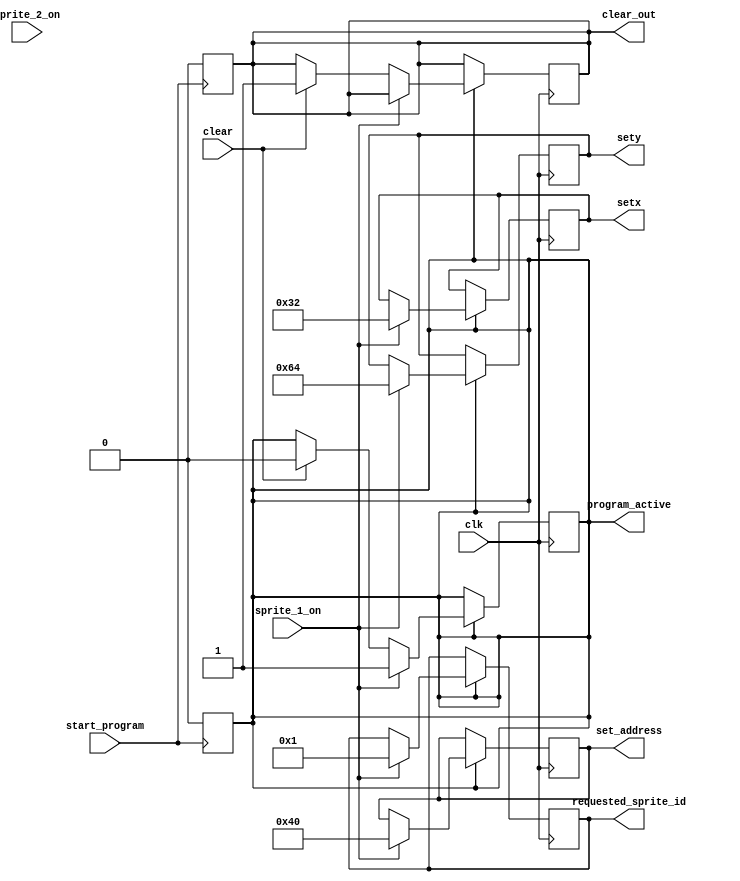
module sprite_tester(	input wire clk,
						input wire start_program,
						output reg program_active,
						output reg[7:0] setx,
						output reg[7:0] sety,
						output reg[5:0] requested_sprite_id,
						output reg[15:0] set_address,
						input wire sprite_1_on,
						input wire sprite_2_on,
						input wire clear,
						output reg clear_out);

reg already_programmed = 0;

always @(posedge clk)
begin
	if(program_active==1 && !already_programmed)
	begin
		if(sprite_1_on==1)
		begin
			program_active=1;
			setx = 50;
			sety = 100;
			requested_sprite_id = 1;
			set_address = 64;
		end
		else if (sprite_1_on==1) begin
			program_active=1;
			setx = 200;
			sety = 250;
			requested_sprite_id = 2;
			set_address = 128;
		end
		else if (clear == 1) begin
			program_active = 0;
			clear_out = 1;
		end
	end
end

always @(negedge start_program)
begin
	already_programmed = 0;
	clear_out = 0;
	program_active = 0;
end

endmodule